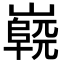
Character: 𡽷